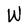
Character: W